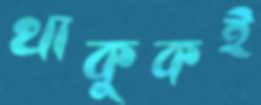
থাকুকই